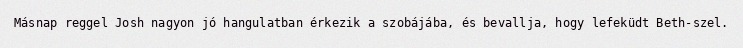
Másnap reggel Josh nagyon jó hangulatban érkezik a szobájába, és bevallja, hogy lefeküdt Beth-szel.